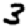
Digit: 3